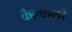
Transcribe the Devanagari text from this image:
कैल्कली